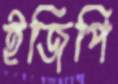
ইজিপি